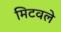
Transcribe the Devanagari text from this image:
मिटवले